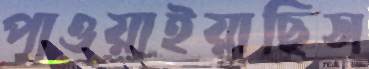
পাওয়াইয়াছিস